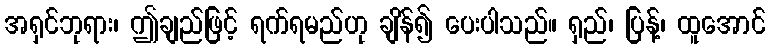
အရှင်ဘုရား၊ ဤချည်ဖြင့် ရက်ရမည်ဟု ချိန်၍ ပေးပါသည်။ ရှည်၊ ပြန့်၊ ထူအောင်